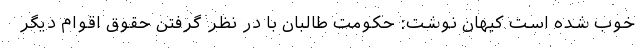
خوب شده است کیهان نوشت: حکومت طالبان با در نظر گرفتن حقوق اقوام دیگر